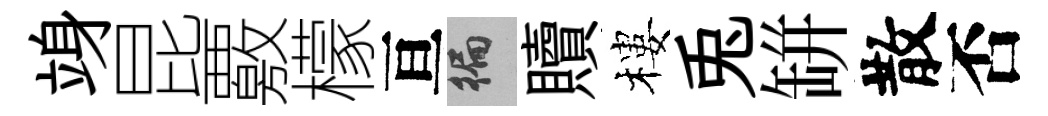
竧昆覈檬亘徧贖樓兎缾散否